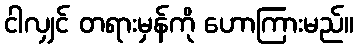
ငါလျှင် တရားမှန်ကို ဟောကြားမည်။